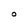
Character: O